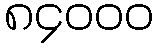
၈၄၀၀၀